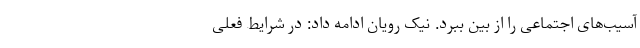
آسیب‌های اجتماعی را از بین ببرد. نیک رویان ادامه داد: در شرایط فعلی